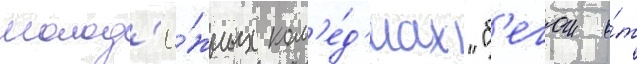
молод'ё́жных ком'е́д'иах "б'егом о́т